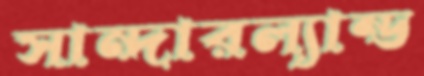
সান্দারল্যান্ড